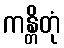
ကန္တိတုံ